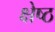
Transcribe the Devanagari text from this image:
क्षेष्ठ